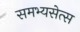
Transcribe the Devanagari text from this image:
समभ्यसेत्स